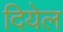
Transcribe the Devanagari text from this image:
दियेल